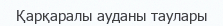
Қарқаралы ауданы таулары